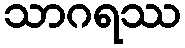
သာဂရဿ